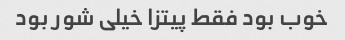
خوب بود فقط پیتزا خیلی شور بود